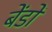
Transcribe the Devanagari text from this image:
बेंडों